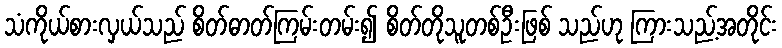
သံကိုယ်စားလှယ်သည် စိတ်ဓာတ်ကြမ်းတမ်း၍ စိတ်တိုသူတစ်ဦးဖြစ် သည်ဟု ကြားသည့်အတိုင်း